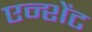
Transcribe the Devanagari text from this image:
एन्शेंट